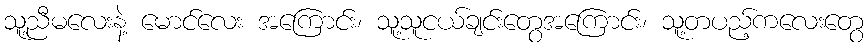
သူ့ညီမလေးနဲ့ မောင်လေး အကြောင်း၊ သူ့သူငယ်ချင်းတွေအကြောင်း၊ သူ့တပည့်ကလေးတွေ